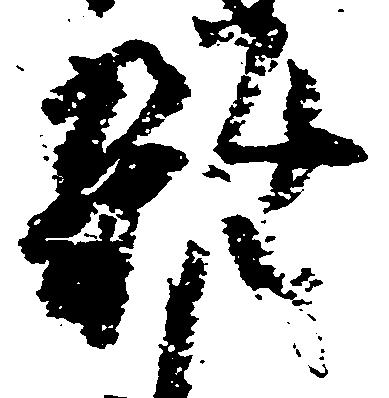
雑